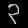
Digit: ၃